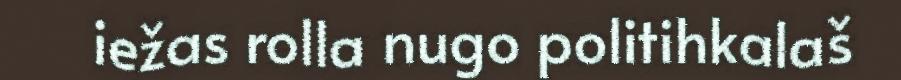
iežas rolla nugo politihkalaš